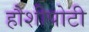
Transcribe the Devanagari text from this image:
हौशीपोटी